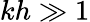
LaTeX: kh\gg 1